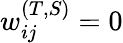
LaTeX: w_{ij}^{(T,S)}=0